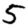
Digit: 5